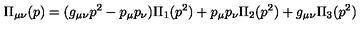
\Pi _ { \mu \nu } ( p ) = ( g _ { \mu \nu } p ^ { 2 } - p _ { \mu } p _ { \nu } ) \Pi _ { 1 } ( p ^ { 2 } ) + p _ { \mu } p _ { \nu } \Pi _ { 2 } ( p ^ { 2 } ) + g _ { \mu \nu } \Pi _ { 3 } ( p ^ { 2 } )